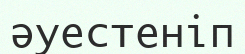
әуестеніп